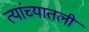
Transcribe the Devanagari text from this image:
त्यांच्यातली